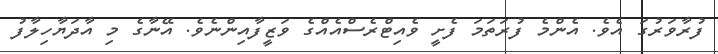
ފުރާވަރުގަ އެވެ. އެންމެ ފުރަތަމަ ފެށީ ވެއިޓްރެސްއެއްގެ ވަޒީފާއިންނެވެ. އޭނާގެ މި އާދަޔާހިލާފު